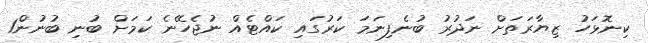
ކިނޮޅަހު ޒިޔާރަތަށް ނަދުރު ބުނެފިނަމަ ކަރުގައި ކައްޓެއް ނުޖެހޭނެ ކަމަށް ބުނި ބުނުން1